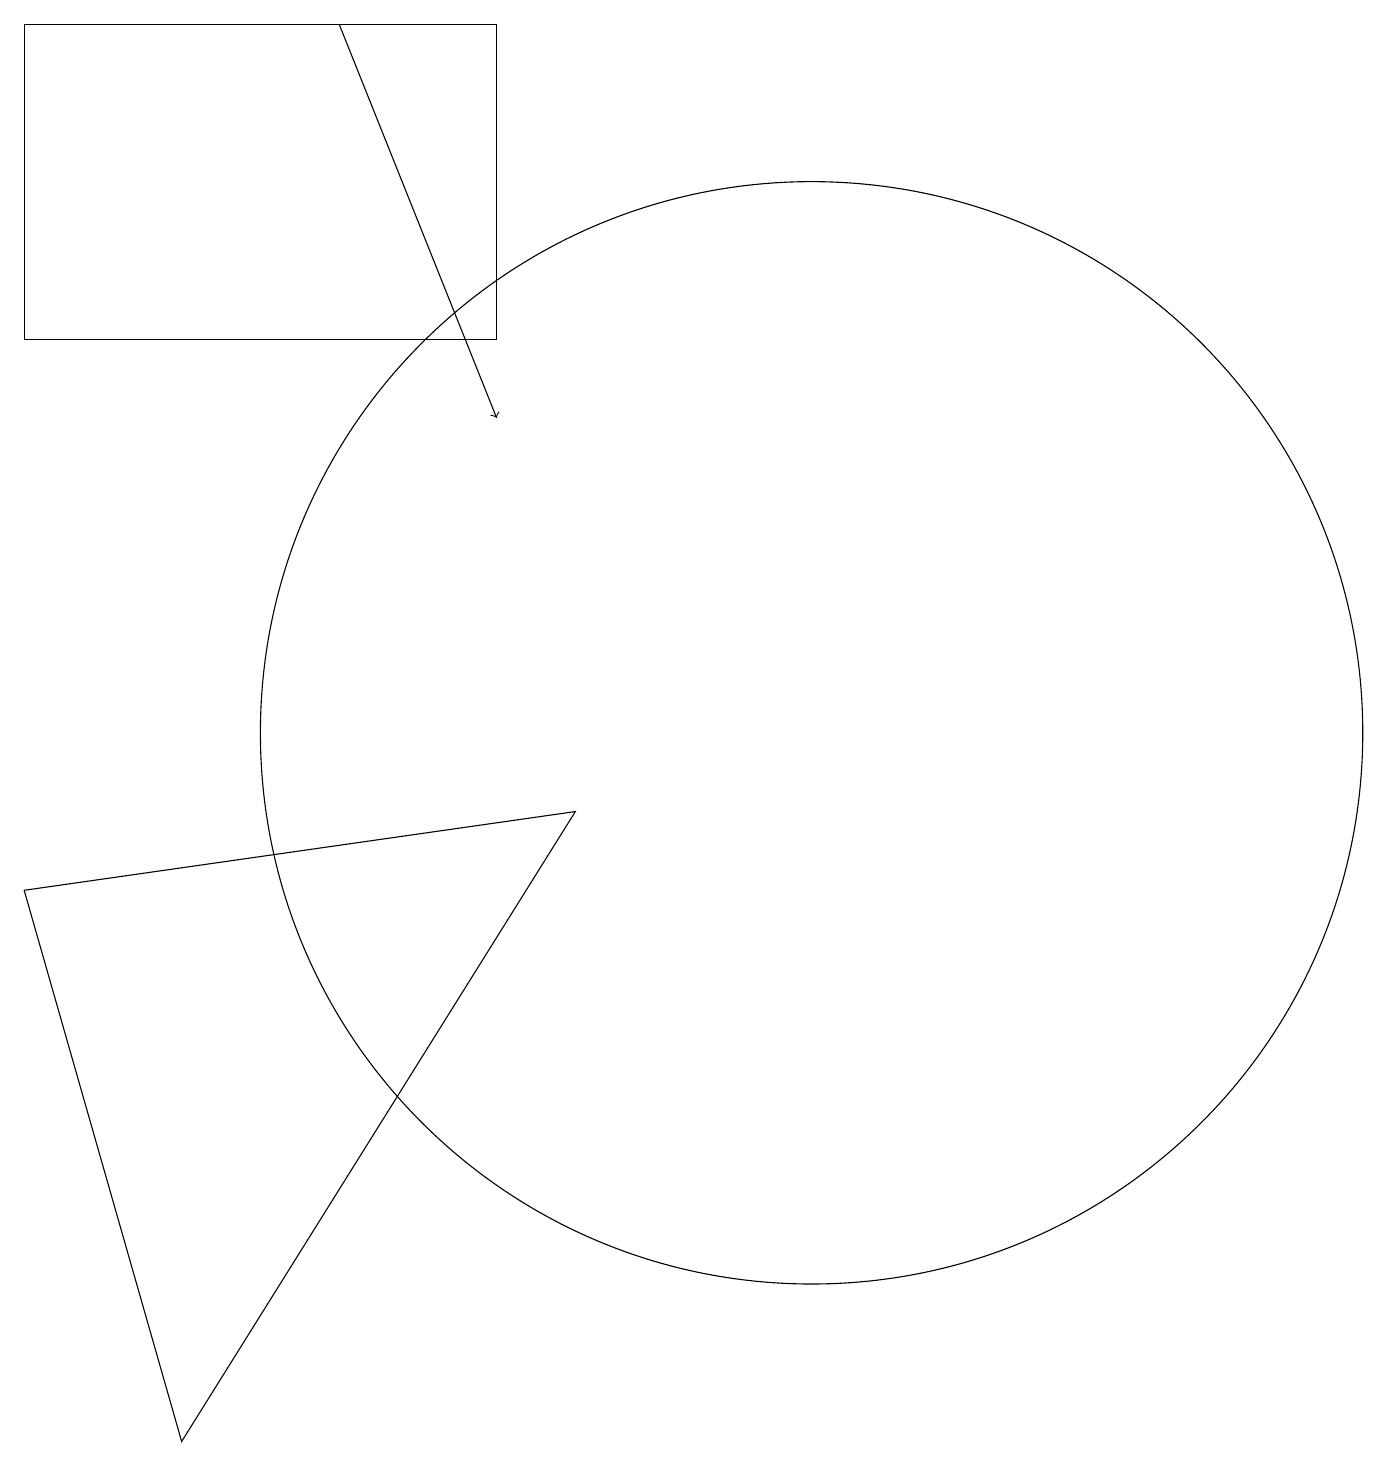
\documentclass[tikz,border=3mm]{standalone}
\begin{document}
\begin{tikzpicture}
\draw (1,8) -- (8,9) -- (3,1) -- cycle;
\draw (11,10) circle (7);
\draw (1,19) rectangle (7,15);
\draw[->] (5,19) -- (7,14);
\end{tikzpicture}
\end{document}